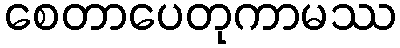
စေတာပေတုကာမဿ